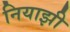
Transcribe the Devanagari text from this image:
नियाझी